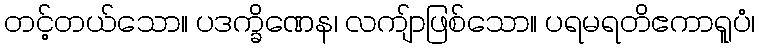
တင့်တယ်သော။ ပဒက္ခိဏေန၊ လကျ်ာဖြစ်သော။ ပရမရတိဧကာရူပံ၊